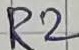
Text: R2